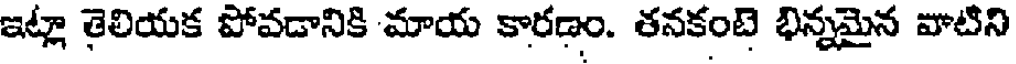
ఇట్లా తెలియక పోవడానికి మాయ కారణం. తనకంటె భిన్నమైన వాటిని